Annual report on the Civil Veterinary Department, Burma (including the Insein Veterinary School) - 1923-1931
Year: 1923
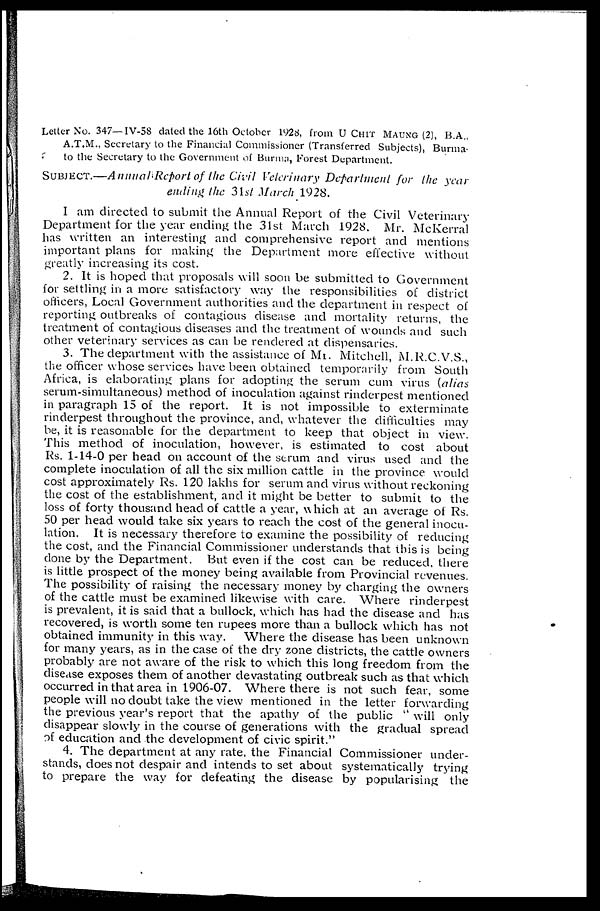
Letter No. 347—IV-58 dated the 16th October 1928, from U CHIT MAUNG (2), B.A.,
A.T.M., Secretary to the Financial Commissioner (Transferred Subjects), Burma
to the Secretary to the Government of Burma, Forest Department.
SUBJECT.—Annual Report of the Civil Veterinary Department for the year
ending the 31st March 1928.
I am directed to submit the Annual Report of the Civil Veterinary
Department for the year ending the 31st March 1928. Mr. McKerral
has written an interesting and comprehensive report and mentions
important plans for making the Department more effective without
greatly increasing its cost.
2. It is hoped that proposals will soon be submitted to Government
for settling in a more satisfactory way the responsibilities of district
officers, Local Government authorities and the department in respect of
reporting outbreaks of contagious disease and mortality returns, the
treatment of contagious diseases and the treatment of wounds and such
other veterinary services as can be rendered at dispensaries.
3. The department with the assistance of Mr. Mitchell, M.R.C.V.S.,
the officer whose services have been obtained temporarily from South
Africa, is elaborating plans for adopting the serum cum virus (alias
serum-simultaneous) method of inoculation against rinderpest mentioned
in paragraph 15 of the report. It is not impossible to exterminate
rinderpest throughout the province, and, whatever the difficulties may
be, it is reasonable for the department to keep that object in view.
This method of inoculation, however, is estimated to cost about
Rs. 1-14-0 per head on account of the serum and virus used and the
complete inoculation of all the six million cattle in the province would
cost approximately Rs. 120 lakhs for serum and virus without reckoning
the cost of the establishment, and it might be better to submit to the
loss of forty thousand head of cattle a year, which at an average of Rs.
50 per head would take six years to reach the cost of the general inocu-
lation. It is necessary therefore to examine the possibility of reducing
the cost, and the Financial Commissioner understands that this is being
done by the Department. But even if the cost can be reduced, there
is little prospect of the money being available from Provincial revenues.
The possibility of raising the necessary money by charging the owners
of the cattle must be examined likewise with care. Where rinderpest
is prevalent, it is said that a bullock, which has had the disease and has
recovered, is worth some ten rupees more than a bullock which has not
obtained immunity in this way.
Where the disease has been unknown
for many years, as in the case of the dry zone districts, the cattle owners
probably are not aware of the risk to which this long freedom from the
disease exposes them of another devastating outbreak such as that which
occurred in that area in 1906-07. Where there is not such fear, some
people will no doubt take the view mentioned in the letter forwarding
the previous year's report that the apathy of the public " will only
disappear slowly in the course of generations with the gradual spread
of education and the development of civic spirit."
4. The department at any rate, the Financial Commissioner under-
stands, does not despair and intends to set about systematically trying
to prepare the way for defeating the disease by popularising the